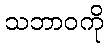
သဘာဝကို